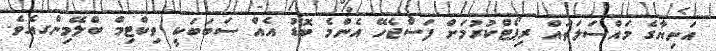
އަނިޔާގެ މައްސަލަތައް ރިޕޯޓްކުރުމަށް ފަސްޖެހޭ އެންމެ ބޮޑު އެއް ސަބަބަކީ ވިކްޓިމް ބްލޭމިންގއެވެ.